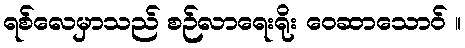
ရစ်လေမှာသည် စဉ်လာရေးရိုး ဝေဆာသောဝ် ။